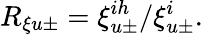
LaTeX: R_{\xi u\pm}=\xi_{u\pm}^{ih}/\xi_{u\pm}^{i}.